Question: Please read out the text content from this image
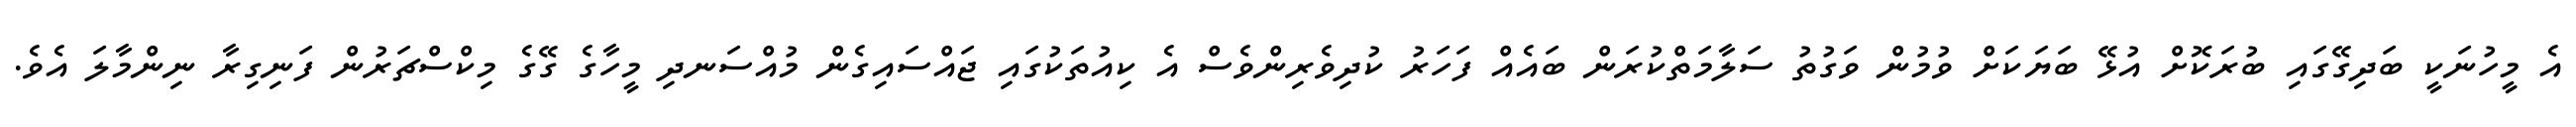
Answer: އެ މީހުނަކީ ބަދިގޭގައި ބުރަކޮށް އުޅޭ ބަޔަކަށް ވުމުން ވަގުތު ސަލާމަތްކުރަން ބައެއް ފަހަރު ކުދިވެރިންވެސް އެ ކިއުތަކުގައި ޖައްސައިގެން މުއްސަނދި މީހާގެ ގޭގެ މިކްސްޗަރުން ފަނިގިރާ ނިންމާލަ އެވެ.